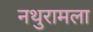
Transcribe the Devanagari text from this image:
नथुरामला